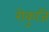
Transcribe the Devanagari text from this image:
रोकुजि